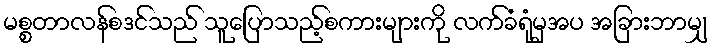
မစ္စတာလန်စဒင်သည် သူပြောသည့်စကားများကို လက်ခံရုံမှအပ အခြားဘာမျှ